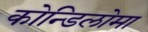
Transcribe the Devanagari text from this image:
कोन्डिलोमा